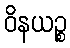
ဝိနယဉ္စ